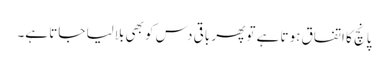
پانچ کا اتفاق ہوتا ہے تو پھر باقی دس کو بھی بلالیا جاتا ہے۔